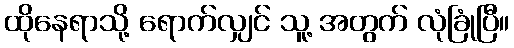
ထိုနေရာသို့ ရောက်လျှင် သူ့ အတွက် လုံခြုံပြီ။